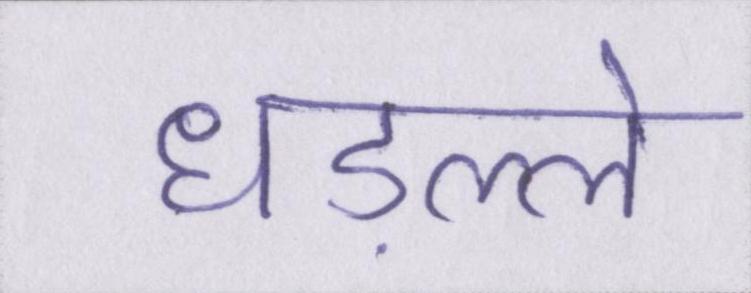
धड़ल्ले